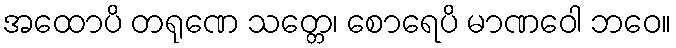
အထောပိ တရုဏေ သတ္တေ၊ စောရေပိ မာဏဝေါ ဘဝေ။